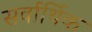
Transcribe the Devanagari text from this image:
सर्वार्थिक